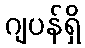
ဂျပန်ရှိ